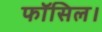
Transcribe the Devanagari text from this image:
फॉसिल।